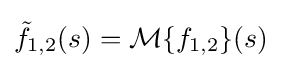
{\tilde {f}}_{1,2}(s)={\mathcal {M}}\{f_{1,2}\}(s)